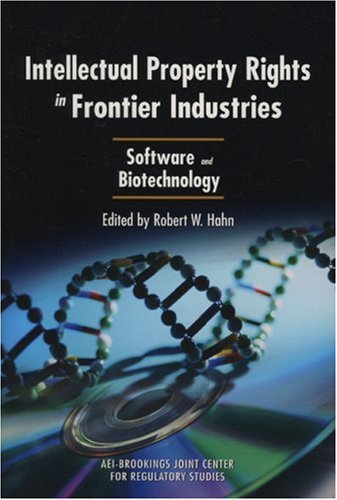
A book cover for Intellectual Property Rights in Frontier Industries: Software and Biotechnology; Robert W. Hahn; Business & Money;